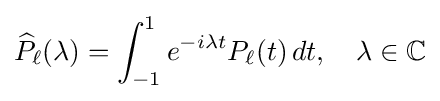
{\widehat {P}}_{\ell }(\lambda )=\int _{-1}^{1}e^{-i\lambda t}P_{\ell }(t)\,dt,\quad \lambda \in \mathbb {C}